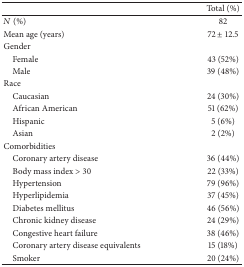
|  | Total (%) |
 | --- | --- |
 | N (%) | 82 |
 | Mean age (years) | 72 ± 12.5 |
 | Gender |  |
 | Female | 43 (52%) |
 | Male | 39 (48%) |
 | Race |  |
 | Caucasian | 24 (30%) |
 | African American | 51 (62%) |
 | Hispanic | 5 (6%) |
 | Asian | 2 (2%) |
 | Comorbidities |  |
 | Coronary artery disease | 36 (44%) |
 | Body mass index > 30 | 22 (33%) |
 | Hypertension | 79 (96%) |
 | Hyperlipidemia | 37 (45%) |
 | Diabetes mellitus | 46 (56%) |
 | Chronic kidney disease | 24 (29%) |
 | Congestive heart failure | 38 (46%) |
 | Coronary artery disease equivalents | 15 (18%) |
 | Smoker | 20 (24%) |